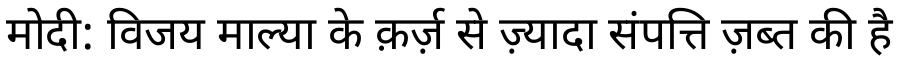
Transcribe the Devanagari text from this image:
मोदी: विजय माल्या के क़र्ज़ से ज़्यादा संपत्ति ज़ब्त की है